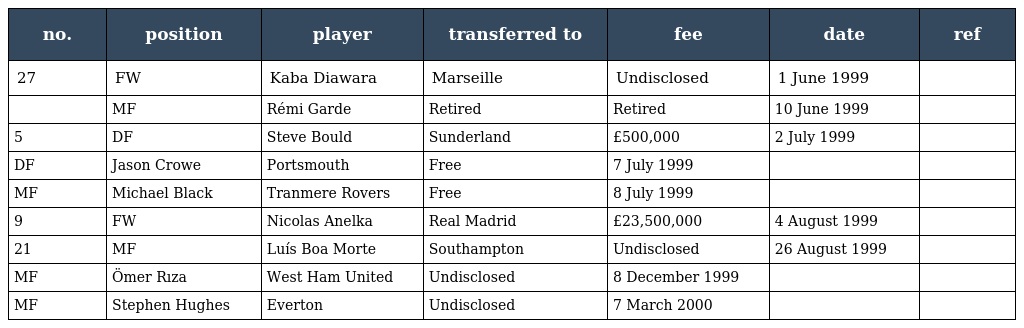
| no. | position | player | transferred to | fee | date | ref |
 | --- | --- | --- | --- | --- | --- | --- |
 | 27 | FW | Kaba Diawara | Marseille | Undisclosed | 1 June 1999 |  |
 |  | MF | Rémi Garde | Retired | Retired | 10 June 1999 |  |
 | 5 | DF | Steve Bould | Sunderland | £500,000 | 2 July 1999 |  |
 | DF | Jason Crowe | Portsmouth | Free | 7 July 1999 |  |  |
 | MF | Michael Black | Tranmere Rovers | Free | 8 July 1999 |  |  |
 | 9 | FW | Nicolas Anelka | Real Madrid | £23,500,000 | 4 August 1999 |  |
 | 21 | MF | Luís Boa Morte | Southampton | Undisclosed | 26 August 1999 |  |
 | MF | Ömer Rıza | West Ham United | Undisclosed | 8 December 1999 |  |  |
 | MF | Stephen Hughes | Everton | Undisclosed | 7 March 2000 |  |  |